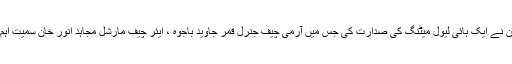
وزیر اعظم عمران خان نے ایک ہائی لیول میٹنگ کی صدارت کی جس میں آرمی چیف جنرل قمر جاوید باجوہ ، ایئر چیف مارشل مجاہد انور خان سمیت اہم وزرا نے شرکت کی۔